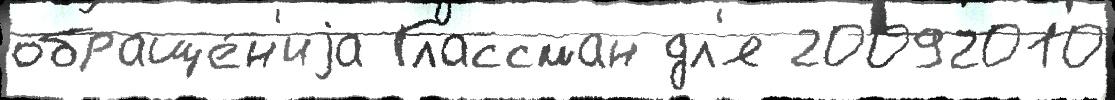
обраще́н'иjа Глассман дл'я 20092010